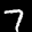
Label: 7